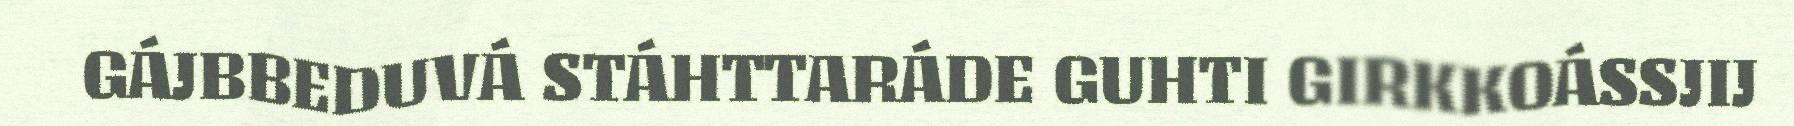
GÁJBBEDUVÁ STÁHTTARÁDE GUHTI GIRKKOÁSSJIJ